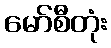
မော်စီတုံး